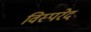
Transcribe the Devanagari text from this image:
विस्परेद